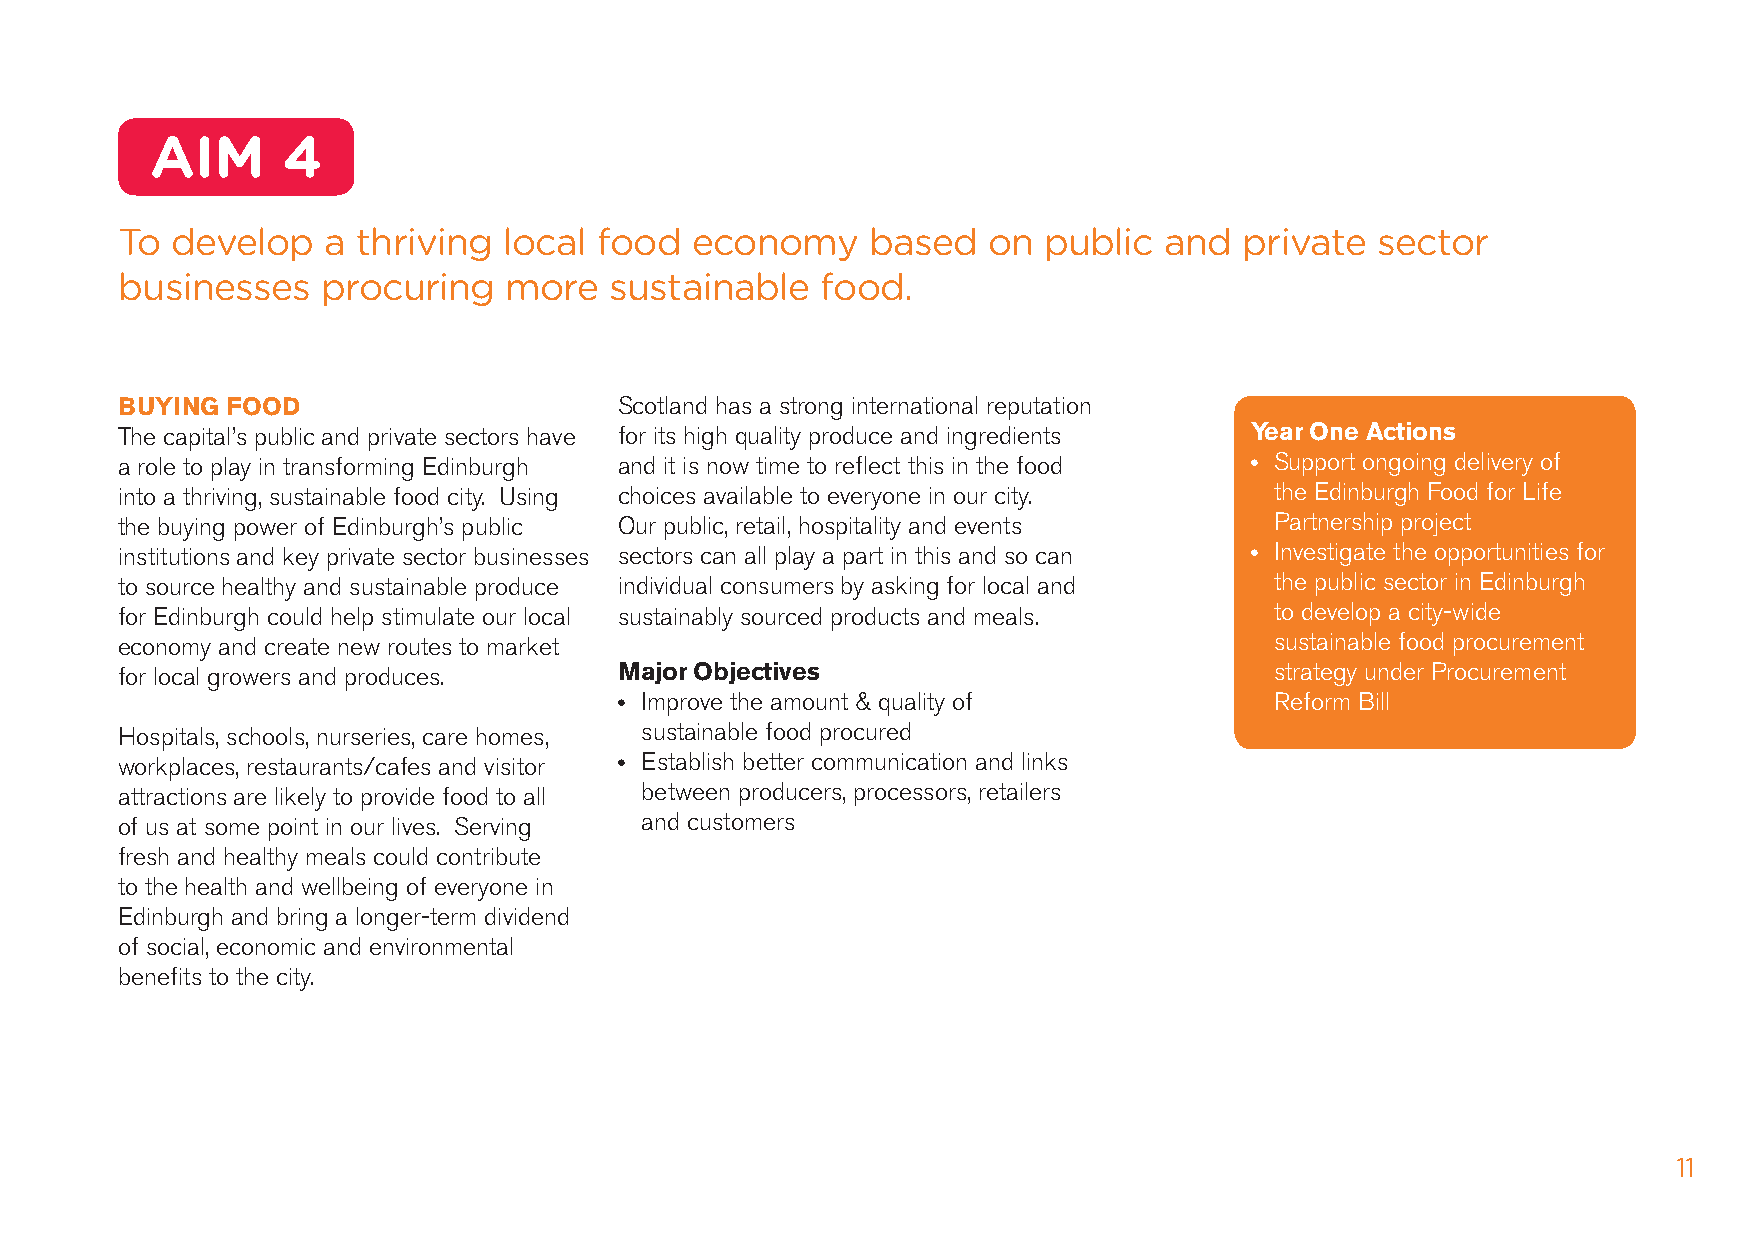
AIM      4
 To develop   a  thriving local  food  economy     based  on  public  and  private  sector
 businesses   procuring   more   sustainable   food.
 bUYINg FOOD                      Scotland has a strong international reputation
 The capital’s public and private sectors have for its high quality produce and ingredients Year One Actions
 a role to play in transforming Edinburgh and it is now time to reflect this in the food • Support ongoing delivery of
 into a thriving, sustainable food city. Using choices available to everyone in our city. the Edinburgh Food for life
 the buying power of Edinburgh’s public Our public, retail, hospitality and events Partnership project
 institutions and key private sector businesses sectors can all play a part in this and so can • Investigate the opportunities for
 to source healthy and sustainable produce individual consumers by asking for local and the public sector in Edinburgh
 for Edinburgh could help stimulate our local sustainably sourced products and meals. to develop a city-wide
 economy and create new routes to market                                     sustainable food procurement
 for local growers and produces.  major Objectives                           strategy under Procurement
 • Improve the amount & quality of          Reform Bill
 hospitals, schools, nurseries, care homes, sustainable food procured
 workplaces, restaurants/cafes and visitor • Establish better communication and links
 attractions are likely to provide food to all between producers, processors, retailers
 of us at some point in our lives. Serving and customers
 fresh and healthy meals could contribute
 to the health and wellbeing of everyone in
 Edinburgh and bring a longer-term dividend
 of social, economic and environmental
 benefits to the city.
 11